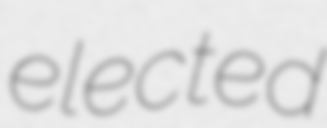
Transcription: elected